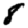
Digit: 8